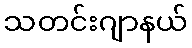
သတင်းဂျာနယ်